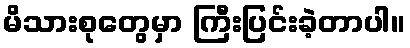
မိသားစုတွေမှာ ကြီးပြင်းခဲ့တာပါ။